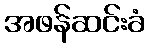
အဖန်ဆင်းခံ